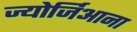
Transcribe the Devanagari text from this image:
ज्योर्जिआना